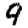
Digit: 9